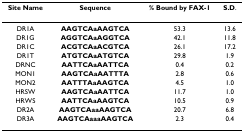
<table><thead><tr><td><b>Site Name</b></td><td><b>Sequence</b></td><td><b>% Bound by FAX-1</b></td><td><b>S.D.</b></td></tr></thead><tbody><tr><td>DR1A</td><td><b>AAGTCAaAAGTCA</b></td><td>53.3</td><td>13.6</td></tr><tr><td>DR1G</td><td><b>AGGTCAaAGGTCA</b></td><td>42.1</td><td>11.8</td></tr><tr><td>DR1C</td><td><b>ACGTCAaACGTCA</b></td><td>26.1</td><td>17.2</td></tr><tr><td>DR1T</td><td><b>ATGTCAaATGTCA</b></td><td>29.8</td><td>1.9</td></tr><tr><td>DRNC</td><td><b>AATTCAaAATTCA</b></td><td>0.4</td><td>0.2</td></tr><tr><td>MON1</td><td><b>AAGTCAaAATTTA</b></td><td>2.8</td><td>0.6</td></tr><tr><td>MON2</td><td><b>AATTTAaAAGTCA</b></td><td>4.5</td><td>1.0</td></tr><tr><td>HRSW</td><td><b>AAGTCAaAATTCA</b></td><td>11.7</td><td>1.0</td></tr><tr><td>HRWS</td><td><b>AATTCAaAAGTCA</b></td><td>10.5</td><td>0.9</td></tr><tr><td>DR2A</td><td><b>AAGTCAaaAAGTCA</b></td><td>20.7</td><td>6.8</td></tr><tr><td>DR3A</td><td><b>AAGTCAaaaAAGTCA</b></td><td>2.3</td><td>0.4</td></tr></tbody></table>